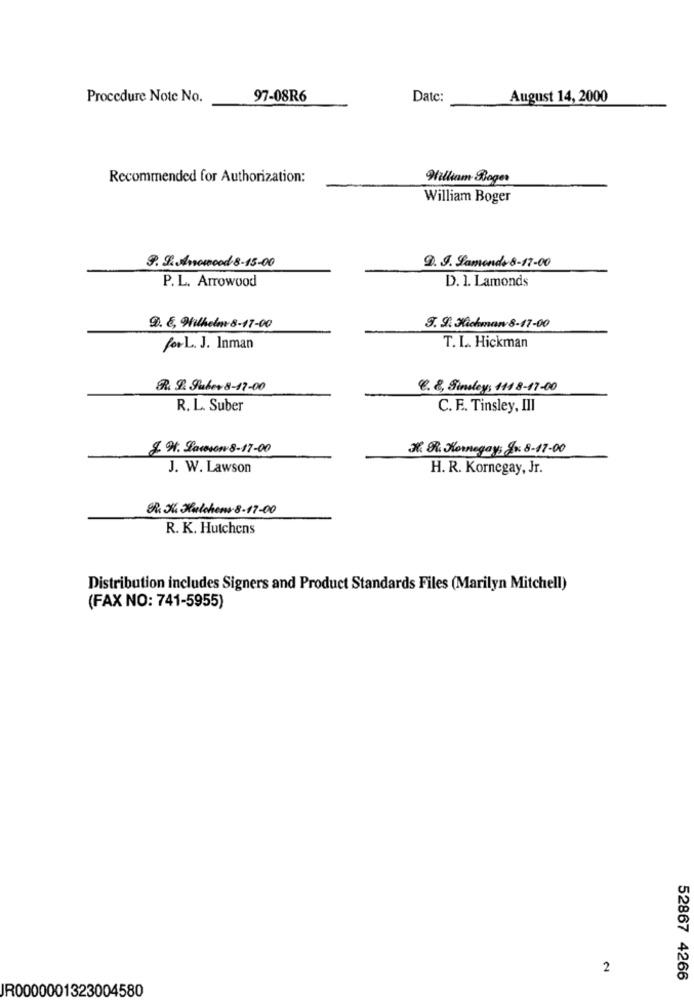
Procedure Note No.
97-08R6
Date:
August 14, 2000
Recommended for Authorization:
William Roger
William Boger
9. 9. Anowood 8-15-00
9. J. Samonde 8-17-00
P. L. Arrowood
D. 1. Lamonds
@. E, Wilhelm 8-17-00
3. 9. Jichman 8-17-00
forL. J. Inman
T. L .. Hickman
R. D. Tubev 8-17-00
8. 8, Sindleys 1118-17-00
R. L. Suber
C. F. Tinsley, III
g. H. Lawson 8-17-00
R. R. Hornegay, Jo: 8-17.00
J. W. Lawson
H. R. Kornegay, Jr.
R. Sha Kulchens 8-17-00
R. K. Hutchens
Distribution includes Signers and Product Standards Files (Marilyn Mitchell)
(FAX NO: 741-5955)
2
52867 4266
JR0000001323004580